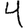
Digit: 4